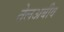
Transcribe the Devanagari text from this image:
तेलअबीव